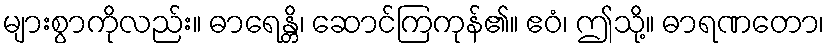
များစွာကိုလည်း။ ဓာရေန္တိ၊ ဆောင်ကြကုန်၏။ ဧဝံ၊ ဤသို့။ ဓာရဏတော၊